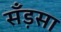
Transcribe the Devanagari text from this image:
सँड़सा